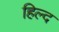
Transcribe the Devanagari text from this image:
हिल्द